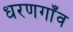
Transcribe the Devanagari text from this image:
धरणगाँव